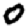
Digit: 0